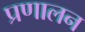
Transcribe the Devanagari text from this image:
प्रणालन